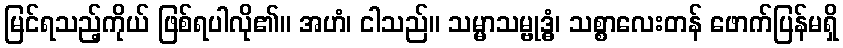
မြင်ရသည့်ကိုယ် ဖြစ်ရပါလို၏။ အဟံ၊ ငါသည်။ သမ္မာသမ္ဗုဒ္ဓံ၊ သစ္စာလေးတန် ဖောက်ပြန်မရှိ